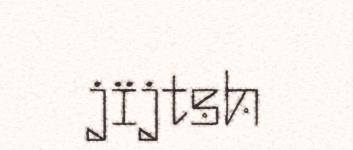
jïjtsh